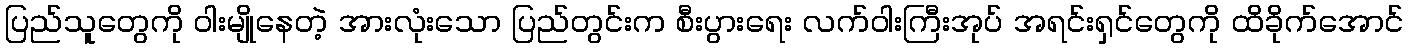
ပြည်သူတွေကို ဝါးမျိုနေတဲ့ အားလုံးသော ပြည်တွင်းက စီးပွားရေး လက်ဝါးကြီးအုပ် အရင်းရှင်တွေကို ထိခိုက်အောင်